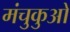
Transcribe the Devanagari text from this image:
मंचुकुओ